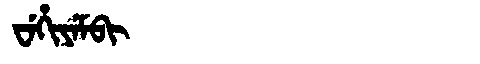
Manchu: ᠸᡝᡥᡳᠶᡝᠮᠪᡳ
Romanization: WEHIYEMBI